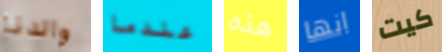
والدنا عندما هذه انها كيت